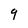
Character: 9